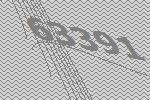
63391